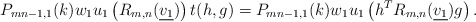
\begin{align*} P_{mn-1,1}(k)w_1u_{1}\left(R_{m,n}(\underline{v_1})\right)t(h,g)=P_{mn-1,1}(k)w_1u_{1}\left(h^TR_{m,n}(\underline{v_1})g\right). \end{align*}